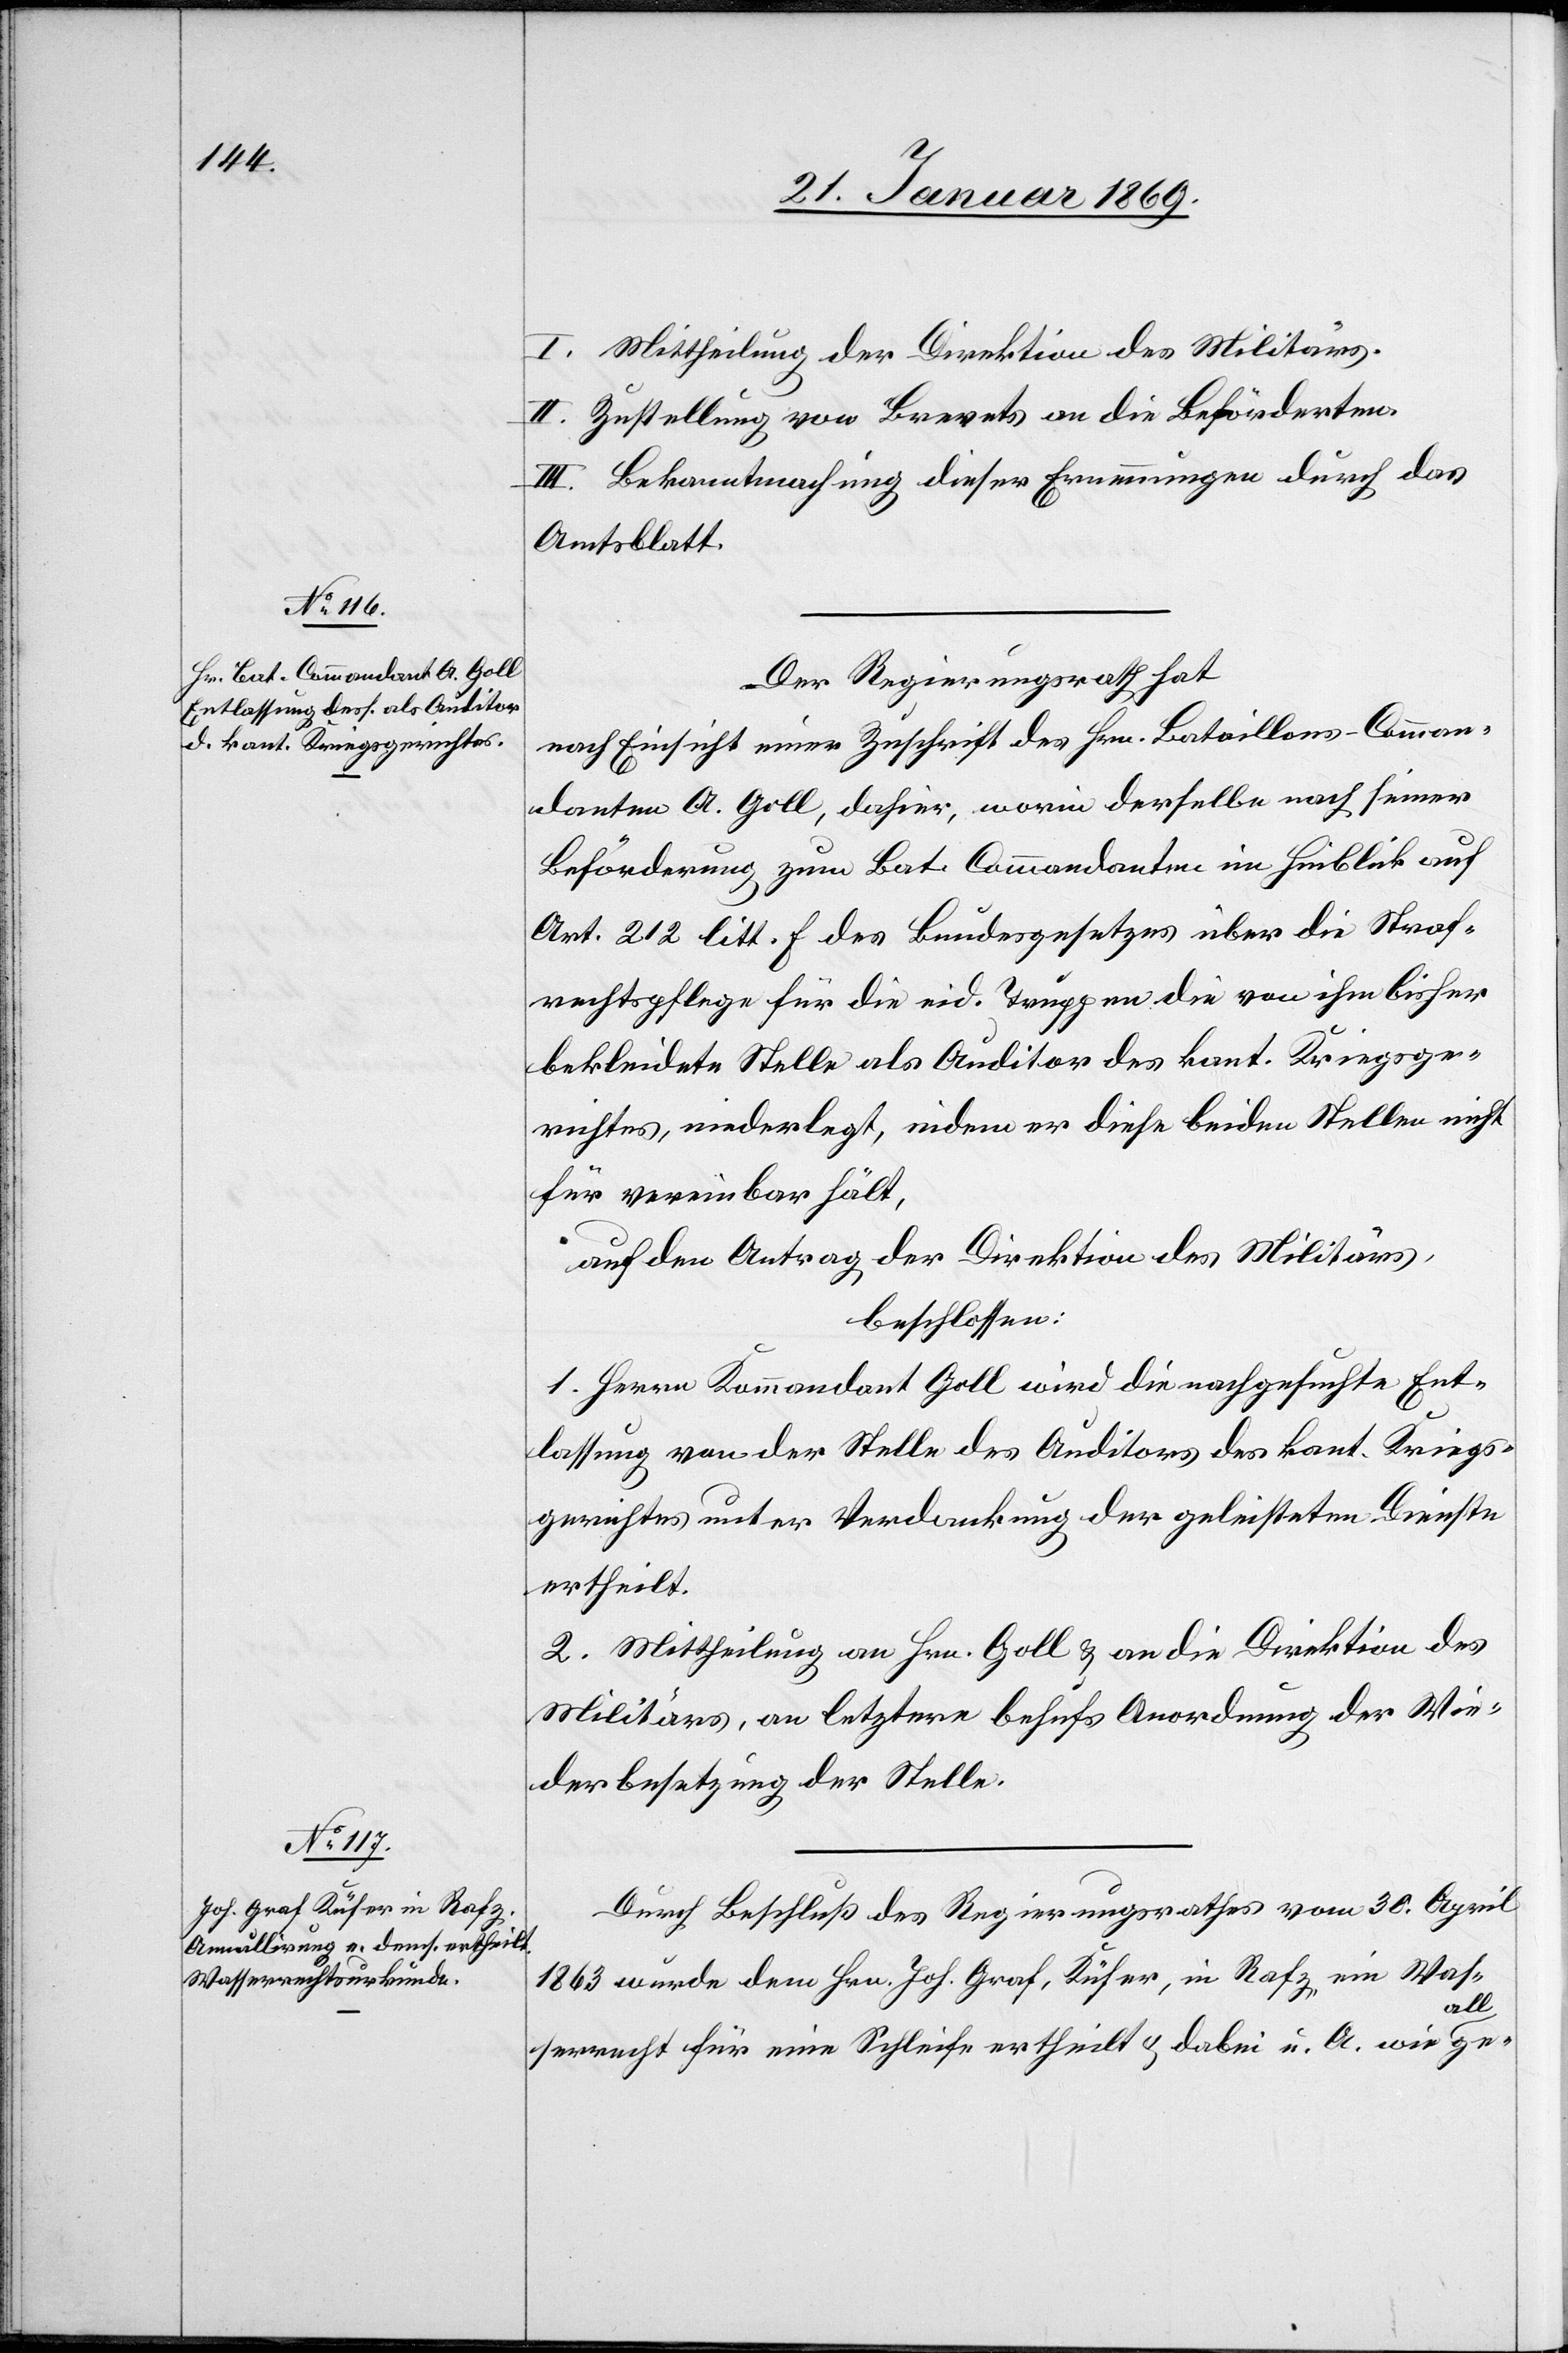
I. Mittheilung der Direktion des Militärs.
II. Zustellung von Brevets an die Beförderten.
III. Bekanntmachung dieser Ernennungen durch das
Amtsblatt.
Der Regierungsrath hat
nach Einsicht einer Zuschrift des Hrn. Bataillons-Comman¬
danten A. Goll, dahier, worin derselbe nach seiner
Beförderung zum Bat. Commandanten im Hinblick auf
Art. 212 litt. F des Bundesgesetzes über die Straf¬
rechtspflege für die eid. Truppen die von ihm bisher
bekleidete Stelle als Auditor des kant. Kriegsge¬
richtes, niederlegt, indem er diese beiden Stellen nicht
für vereinbar hält,
auf den Antrag der Direktion des Militärs,
beschlossen:
1. Herrn Kommandant Goll wird die nachgesuchte Ent¬
lassung von der Stelle des Auditors des kant. Kriegs¬
gerichtes unter Verdankung der geleisteten Dienste
ertheilt.
2. Mittheilung an Hrn. Goll & an die Direktion des
Militärs, an letztere behufs Anordnung der Wie¬
derbesetzung der Stelle.
Durch Beschluß des Regierungsrathes vom 30. April
1863 wurde dem Hrn. Jos. Graf, Küfer, in Rafz, ein Was¬
serrecht für eine Schleife ertheilt & dabei u. A. wie